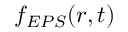
f _ { E P S } ( r , t )